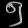
Digit: ၅